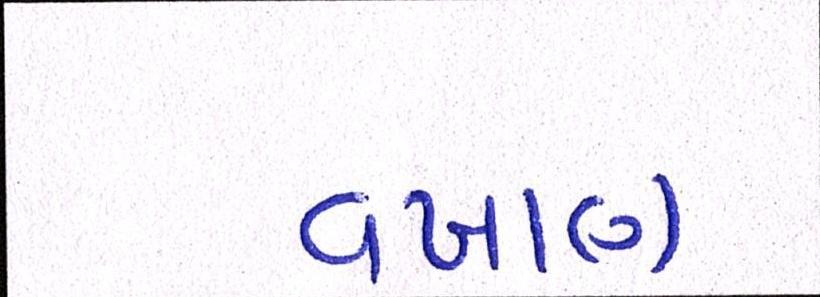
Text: વખાણ